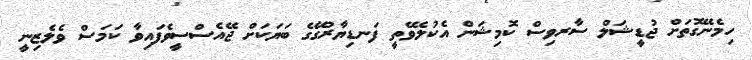
ހިމެނޭގޮތަށް ޖުޑީޝަލް ސާރވިސް ކޮމިޝަން އެކުލެވޭތީ ފަނޑިޔާރުގޭގެ ބަޔަކަށް ޖޭއެސްސީވެފައިވާ ކަމަސް ވެލެޒިނީ